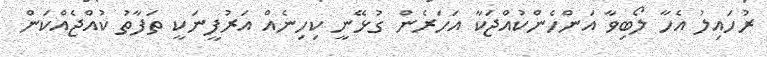
ރުހައިލު އެހާ ލޯބިވާ އަންހެންކުއްޖަކާ އަހަރެން ގުޅޭނީ ކިހިނެއް އަރުފީނަކީ ތަފާތު ކުއްޖެއްކަން